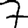
Digit: 7